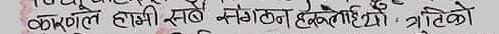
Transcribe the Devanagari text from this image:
कर्णले हामी सबै संगठन एकठाँही जुटिको